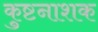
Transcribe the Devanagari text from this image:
कुष्टनाशक